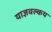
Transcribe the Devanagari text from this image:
याज्ञवल्कय